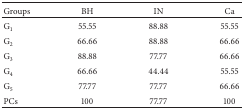
<table><thead><tr><td><b>Groups</b></td><td><b>BH </b></td><td><b>IN </b></td><td><b>Ca</b></td></tr></thead><tbody><tr><td>G<sub>1</sub></td><td>55.55</td><td>88.88</td><td>55.55</td></tr><tr><td>G<sub>2</sub></td><td>66.66</td><td>88.88</td><td>66.66</td></tr><tr><td>G<sub>3</sub></td><td>88.88</td><td>77.77</td><td>66.66</td></tr><tr><td>G<sub>4</sub></td><td>66.66</td><td>44.44</td><td>55.55</td></tr><tr><td>G<sub>5</sub></td><td>77.77</td><td>77.77</td><td>66.66</td></tr><tr><td>PCs</td><td>100</td><td>77.77</td><td>100</td></tr></tbody></table>